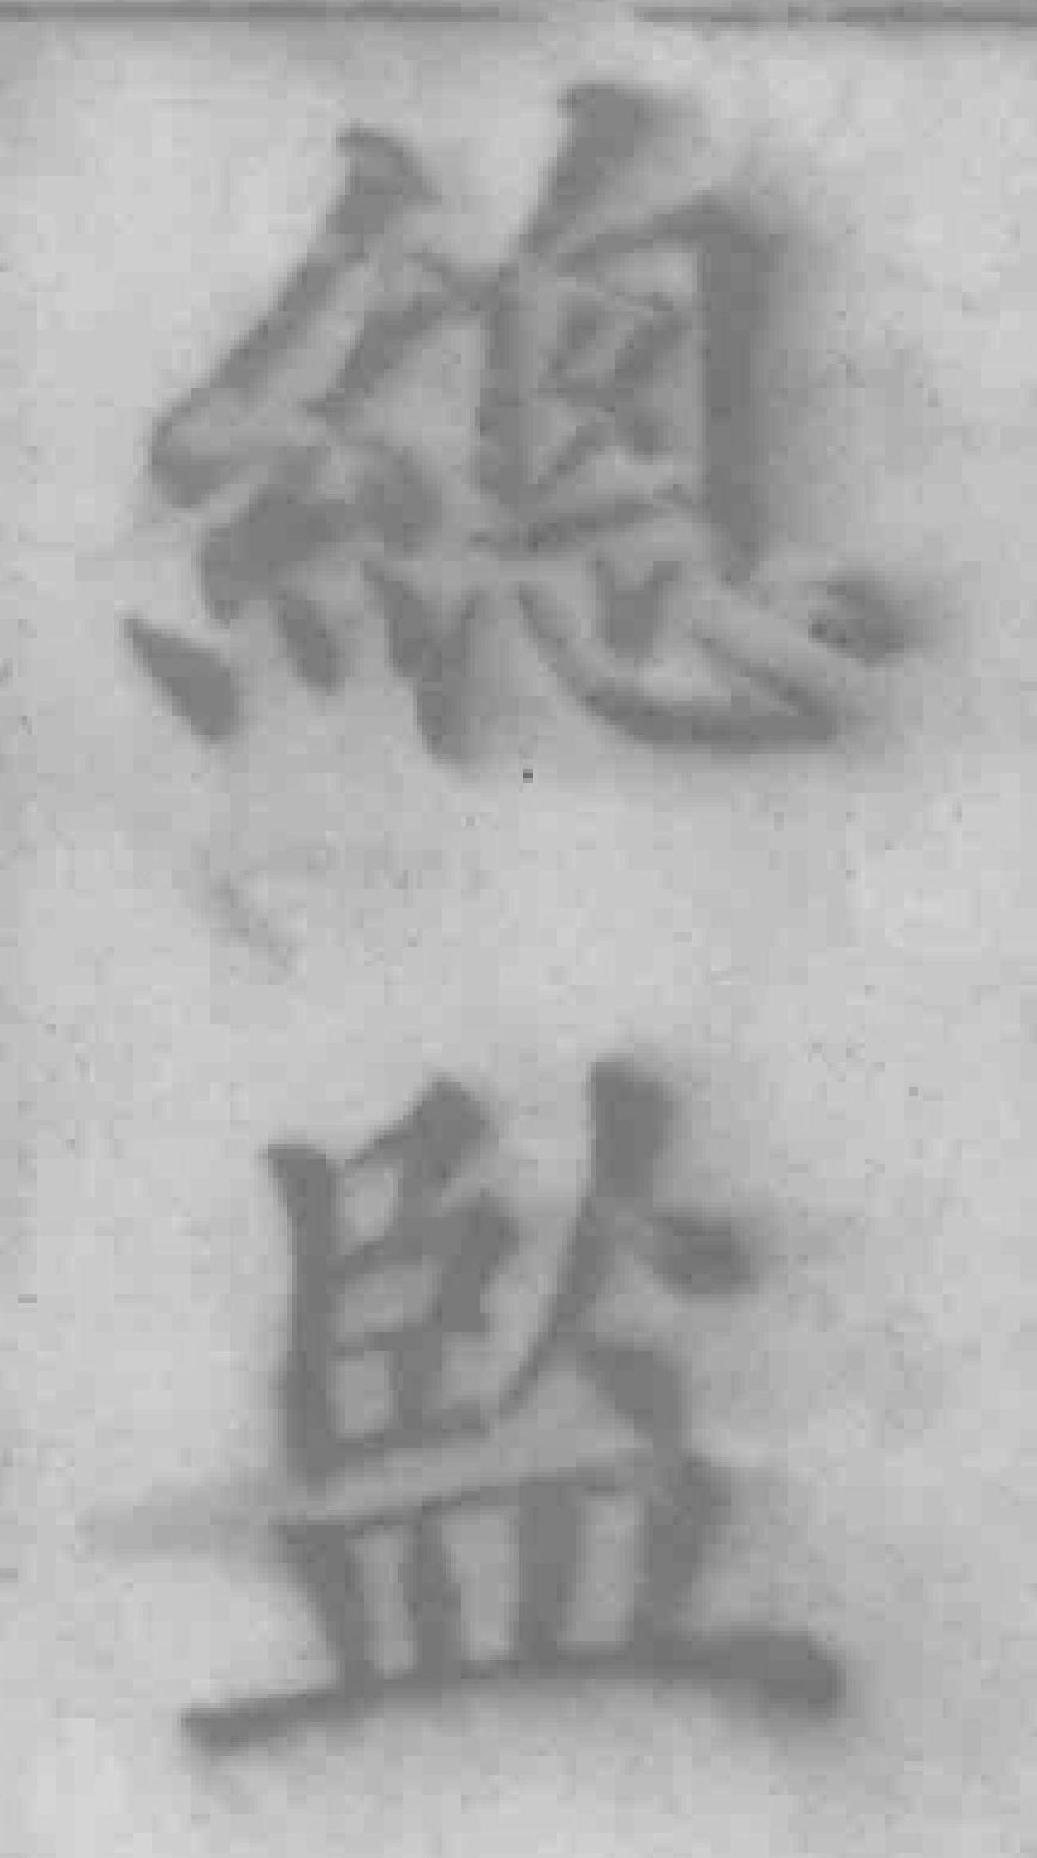
總